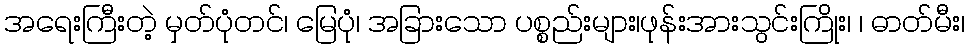
အရေးကြီးတဲ့ မှတ်ပုံတင်၊ မြေပုံ၊ အခြားသော ပစ္စည်းများ၊ဖုန်းအားသွင်းကြိုး၊ ၊ ဓာတ်မီး၊